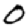
Digit: 0